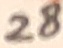
Text: 28